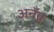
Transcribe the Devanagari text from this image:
अनॅग्न